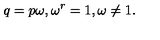
q = p \omega , \mathrm { } \omega ^ { r } = 1 , \omega \neq 1 .